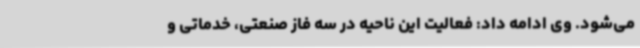
می‌شود. وی ادامه داد: فعالیت این ناحیه در سه فاز صنعتی، خدماتی و